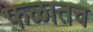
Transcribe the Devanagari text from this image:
फळातच